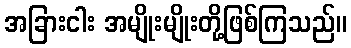
အခြားငါး အမျိုးမျိုးတို့ဖြစ်ကြသည်။